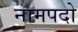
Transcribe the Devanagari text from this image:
नामपदो